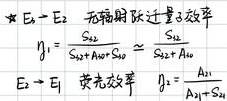
★$E_{t}\to E_{2}$：无辐射跃迁量子效率$\eta_{1}=\frac{S_{21}}{S_{21}+A_{21}+S_{20}}\approx\frac{S_{21}}{S_{21}+A_{21}}$。

$E_{t}\to E_{1}$：荧光效率 $\eta_{2}=\frac{A_{21}}{A_{21}+}$